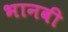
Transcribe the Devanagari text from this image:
भानवी